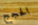
الحجج